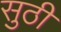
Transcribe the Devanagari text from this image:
सुठी